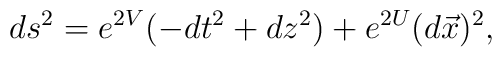
ds^{2}=e^{2V}(-dt^{2}+dz^{2})+e^{2U}(d\vec{x})^{2},